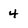
Character: 4